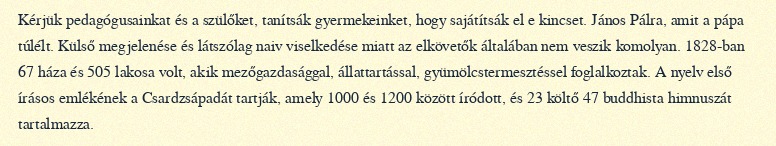
Kérjük pedagógusainkat és a szülőket, tanítsák gyermekeinket, hogy sajátítsák el e kincset. János Pálra, amit a pápa túlélt. Külső megjelenése és látszólag naiv viselkedése miatt az elkövetők általában nem veszik komolyan. 1828-ban 67 háza és 505 lakosa volt, akik mezőgazdasággal, állattartással, gyümölcstermesztéssel foglalkoztak. A nyelv első írásos emlékének a Csardzsápadát tartják, amely 1000 és 1200 között íródott, és 23 költő 47 buddhista himnuszát tartalmazza.